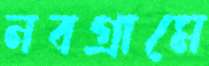
নবগ্রামে